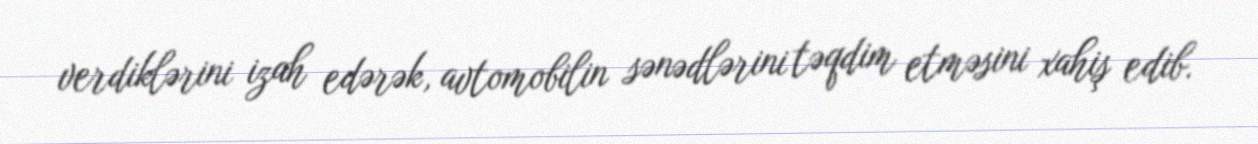
verdiklərini izah edərək, avtomobilin sənədlərini təqdim etməsini xahiş edib.